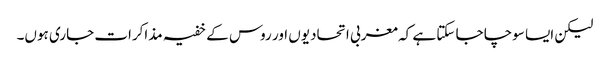
لیکن ایسا سوچا جا سکتا ہے کہ مغربی اتحادیوں اور روس کے خفیہ مذاکرات جاری ہوں۔